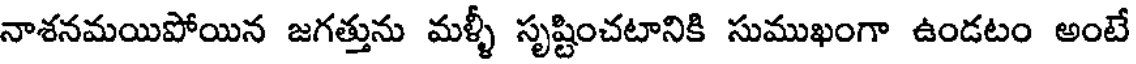
నాశనమయిపోయిన జగత్తును మళ్ళీ సృష్టించటానికి సుముఖంగా ఉండటం అంటే